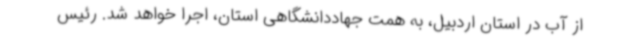
از آب در استان اردبیل، به همت جهاددانشگاهی استان، اجرا خواهد شد. رئیس